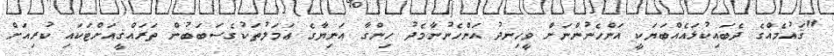
"ޤައުމެއްގެ ދެބައިކުޅައެއްބަޔަކީ އަންހެނުންނަށް ވީހިނދު އަންހެނުނާމެދު ހިންގާ އަނިޔާގެ ޢަމަލުތަކުގެސަބަބުން ތަރައްޤީއަށްޓަކައި ކުރިއަށް